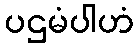
ပဌမံပါဟံ